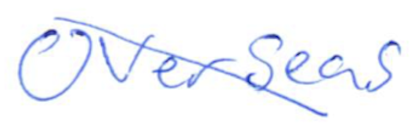
Text: Overseas
Cross-out: mix
Writing tool: ballpoint